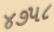
૪૭૫૮